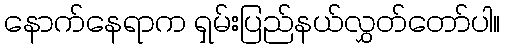
နောက်နေရာက ရှမ်းပြည်နယ်လွှတ်တော်ပါ။